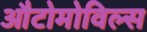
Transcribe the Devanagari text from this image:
औटोमोविल्स